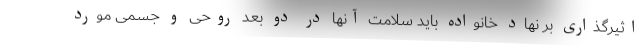
اثیرگذاری بر نهاد خانواده باید سلامت آنها در دو بعد روحی و جسمی مورد